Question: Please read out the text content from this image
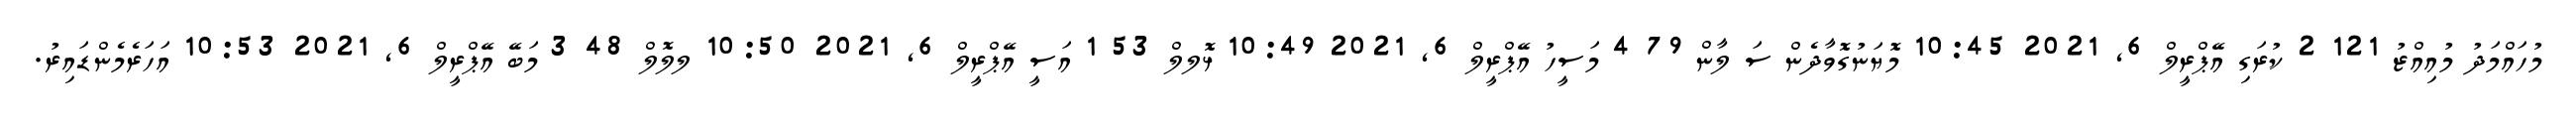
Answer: މުހައްމަދު މުއިއްޒު 121 2 ކުރަގި އޭޕްރީލް 6, 2021 10:45 މޮޔަނުގޮވާދެން ސަ ލާން 79 4 މަސީހު އޭޕްރީލް 6, 2021 10:49 ޅޮލލް 53 1 އަސީ އޭޕްރީލް 6, 2021 10:50 ލލޮލް 48 3 މަބޭ އޭޕްރީލް 6, 2021 10:53 އަހަރެމެންޑައިރު.